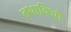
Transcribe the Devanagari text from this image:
तथाविधो